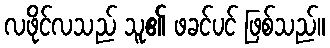
လဖိုင်လသည် သူ၏ ဖခင်ပင် ဖြစ်သည်။